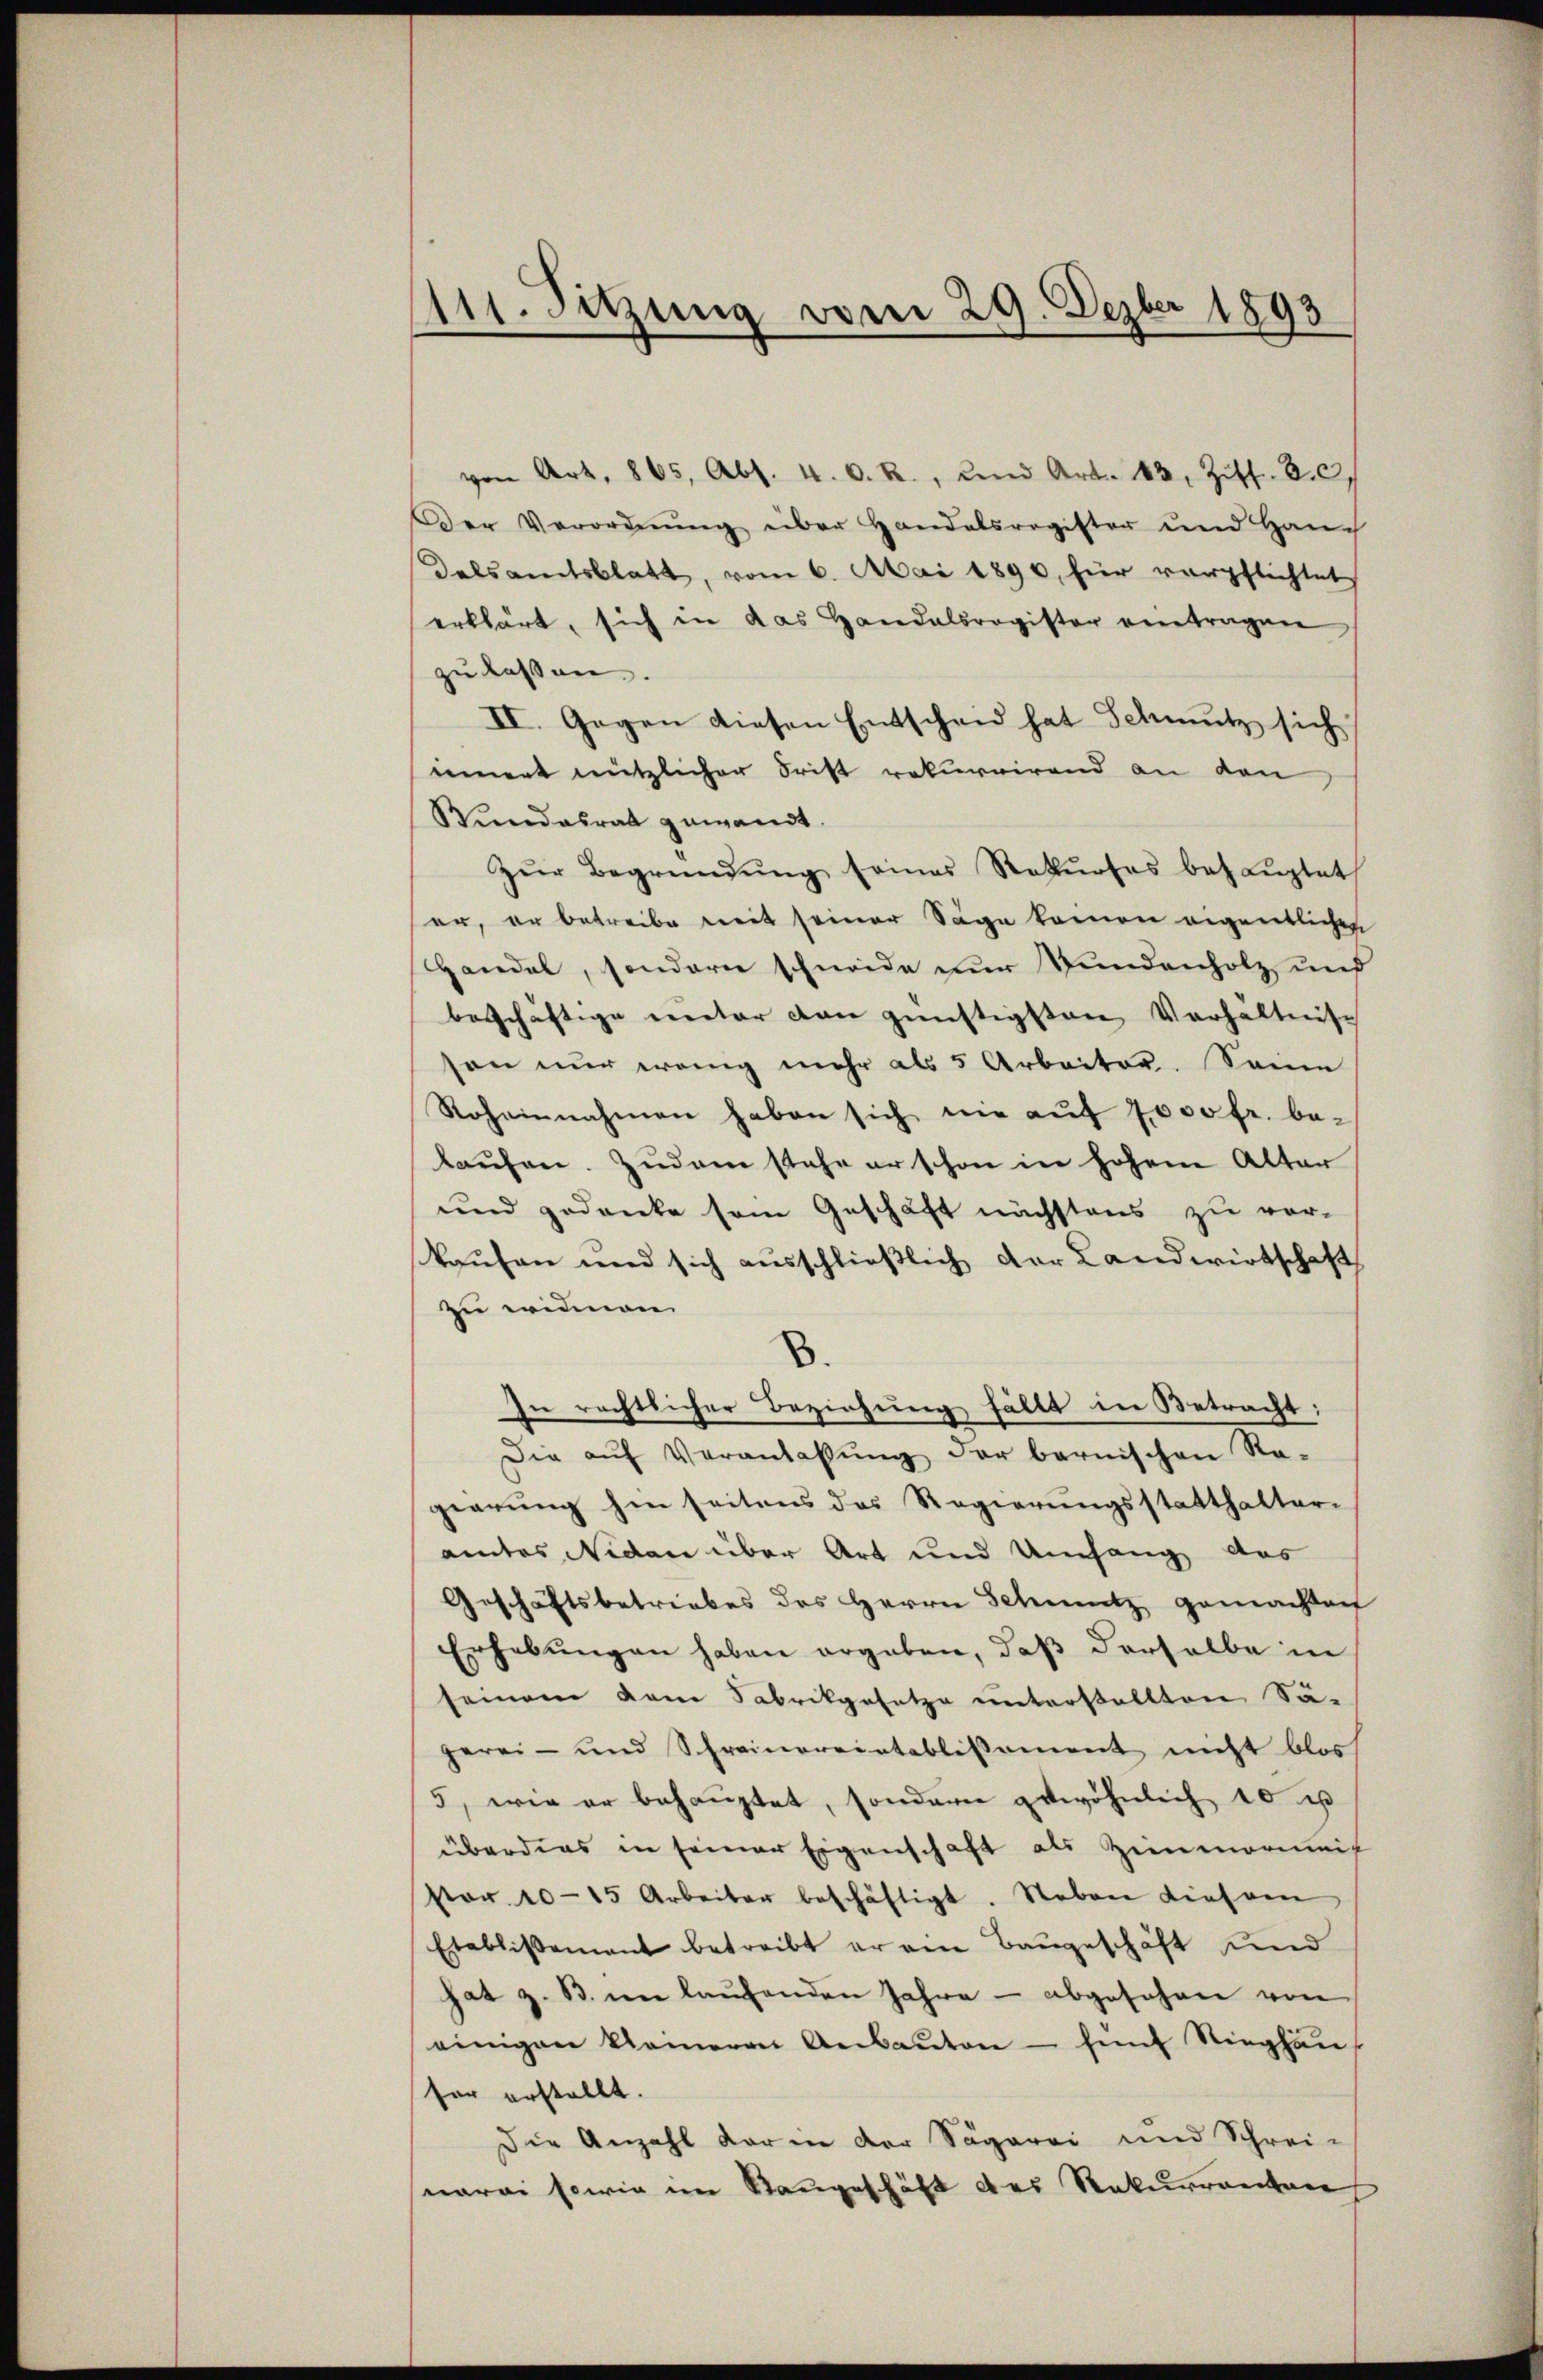
111. Sitzung vom 29. Dezbr 1893

von Art. 865, Abs. 4. O. R., und Art. 83, Ziff. 80.
Der Verordnŭng über Handelsregister und Hauch
Delsamtsblatt, vom 6. Mai 1890, für verpflichtet
erklärt, sich in das Handelsregister eintragen
zu lassen.
II. Gegen diesen Entscheid hat Schmutz sich
innert nützlicher Frist rekurrirend an den
Bundesrat gewandt.
zŭr Begründŭng seines Rekŭrses behauptet
er, er betreibe mit seiner Sage keinen eigentlichen
Handel, sondern schneide nur Bundenholz und
beschäftige unter von günstigsten Verhältniss
son nŭr wenig mehr als 5 Arbeiter. Seine
Roheinnahmen haben sich nie auf 7000 fr. be-
laufen. Zudem stehe er schon in hohem Alter
und gedanke sein Geschäft nächstens zu ver-
kaufen und sich ausschließlich der Landwirtschaft
zu eriden
.
In rechtlicher Beziehung fällt in Betracht:
Die aŭf Veranlassŭng der bernischen Ra-
gierung hin seitens des Regierungsstatthalter-
amtes Nidau über Art und Umfang das
Geschäftsbetriebes des Herrn Schmutz gemachten
Erhebungen haben ergeben, daß derselbe in
seinem kam Sabrikgesetze unterstellten Sä-
gerei- und Schreinereintablissement nicht blos
5, wie er behauptet, sondern gewöhnlich 10 u
überdies in seiner Eigenschaft als Zimmermeif
sor. 1015 Arbeiter beschäftigt. Neben diesem
Etablissement betreibt er am Baugeschäft und
hat z. B. im laŭfenden Jahre - abgesehen von
einigen kleineren Anbauten - hint Sieghau
fer erstellt.
Die Anzahl der in der Sägerei und Schrei-
wrei sowie im Rangeschäft des Rekurrenten